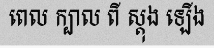
ពេល ក្បាល ពី ស្តុង ឡើង